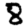
Digit: 8